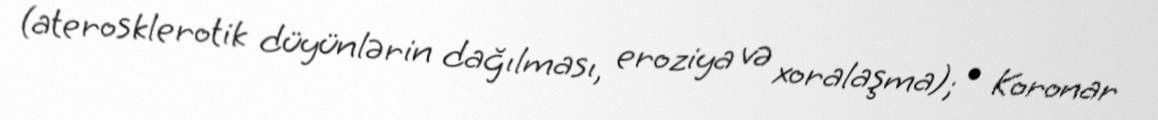
(aterosklerotik düyünlərin dağılması, eroziya və xoralaşma); • Koronar